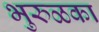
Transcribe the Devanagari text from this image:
भुरुळका